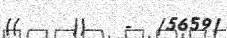
((    ))   -  (5659)